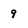
Character: 9